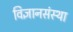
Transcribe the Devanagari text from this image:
विज्ञानसंस्था